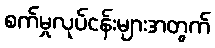
စက်မှုလုပ်ငန်းများအတွက်